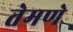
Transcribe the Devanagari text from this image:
तेमणे